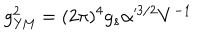
g _ { \mathrm { Y M } } ^ { 2 } = ( 2 \pi ) ^ { 4 } g _ { s } \alpha ^ { 3 / 2 } V ^ { - 1 }